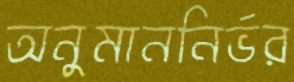
অনুমাননির্ভর